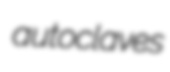
autoclaves